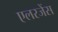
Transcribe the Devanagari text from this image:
एलरजेंस